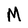
Character: M